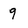
Character: q